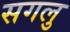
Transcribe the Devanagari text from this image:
सगलु